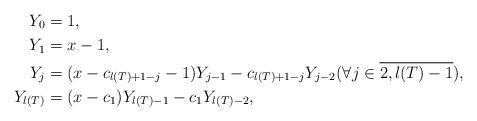
LaTeX: \begin{align*} Y_0 &= 1 ,\\ Y_1 &= x - 1 ,\\ Y_j &= (x - c_{l(T)+1-j} - 1) Y_{j-1} - c_{l(T)+1-j} Y_{j-2} (\forall j \in \overline{2, l(T)-1}) ,\\ Y_{l(T)} &= (x - c_1) Y_{l(T)-1} - c_1 Y_{l(T)-2} ,\end{align*}